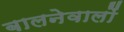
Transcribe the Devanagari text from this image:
बालनेवालों